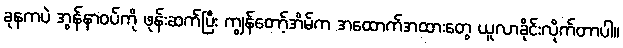
ခုနကပဲ အွန်နာဝပ်ကို ဖုန်းဆက်ပြီး ကျွန်တော့်အိမ်က အထောက်အထားတွေ ယူလာခိုင်းလိုက်တာပါ။